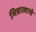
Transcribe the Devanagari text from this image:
भिन्नात्वाचे